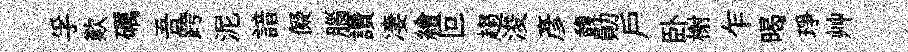
孚歎礪吾跨泥諳儗腦讚凄繪叵趨浚彦馥勛戶卧榭乍暍琤艸